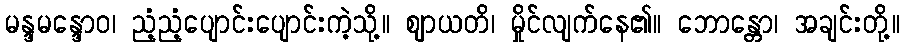
မန္ဒမန္ဒောဝ၊ ညံ့ညံ့ပျောင်းပျောင်းကဲ့သို့။ ဈာယတိ၊ မှိုင်လျက်နေ၏။ ဘောန္တော၊ အချင်းတို့။